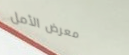
معرض الأمل